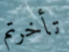
تأخرتم